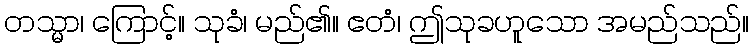
တသ္မာ၊ ကြောင့်။ သုခံ၊ မည်၏။ ဧတံ၊ ဤသုခဟူသော အမည်သည်။